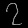
Digit: ၇